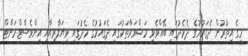
މީގެ އިތުރުން ދެގައުމުގެ ދެމެދުގައި ބޭއްވެވި މަޝްވަރާތަކުގައި ދެގައުމުގެ މެދުގައި ވިޔަފާރިއާއި އިންވެސްޓްމަންޓް